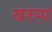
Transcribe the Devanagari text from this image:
बरुस